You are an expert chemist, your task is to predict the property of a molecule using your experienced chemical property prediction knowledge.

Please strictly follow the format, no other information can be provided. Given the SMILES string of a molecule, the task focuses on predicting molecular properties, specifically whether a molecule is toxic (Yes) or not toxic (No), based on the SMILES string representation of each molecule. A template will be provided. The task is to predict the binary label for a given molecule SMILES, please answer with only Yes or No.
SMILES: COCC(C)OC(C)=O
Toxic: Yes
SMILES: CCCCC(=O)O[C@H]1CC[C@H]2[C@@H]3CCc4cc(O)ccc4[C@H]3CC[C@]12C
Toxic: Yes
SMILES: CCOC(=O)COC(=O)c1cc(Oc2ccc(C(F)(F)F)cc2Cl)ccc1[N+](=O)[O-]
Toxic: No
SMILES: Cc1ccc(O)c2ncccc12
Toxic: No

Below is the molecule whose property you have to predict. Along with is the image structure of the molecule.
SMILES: CC(=O)CCC=C(C)CCC=C(C)C
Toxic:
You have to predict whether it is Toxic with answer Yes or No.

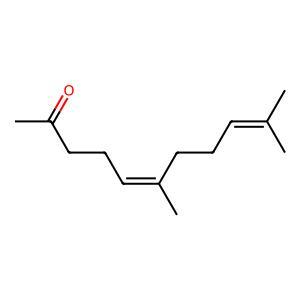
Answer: No